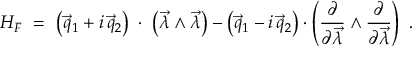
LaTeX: H _ { F } \ = \ \left( \vec { q } _ { 1 } + i \, \vec { q } _ { 2 } \right) \; \cdot \; \left( \vec { \lambda } \wedge \vec { \lambda } \right) - \left( \vec { q } _ { 1 } - i \, \vec { q } _ { 2 } \right) \cdot \left( \frac { \partial } { \partial \vec { \lambda } } \wedge \frac { \partial } { \partial \vec { \lambda } } \right) \ .